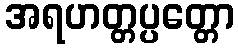
အရဟတ္တပ္ပတ္တော